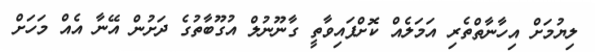
ލިޔުމަށް އިހާނާތްތެރި އަމަލެއް ކޮށްފައިވާތީ ގާނޫނުލް އުގޫބާތުގެ ދަށުން އޭނާ އެއް މަހަށް